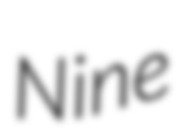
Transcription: Nine